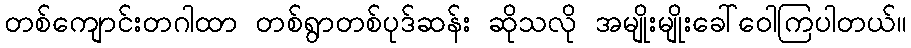
တစ်ကျောင်းတဂါထာ တစ်ရွာတစ်ပုဒ်ဆန်း ဆိုသလို အမျိုးမျိုးခေါ်ဝေါကြပါတယ်။